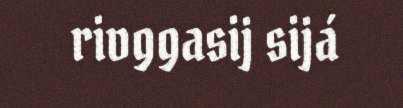
rivggasij sijá